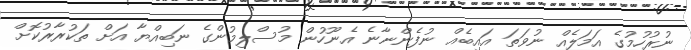
ނުރުހުމުގެ އަމަލެއް ނުވަތަ އައިބެއް ނުފެންނާނެ އެނޫހުން މުސްލިމުންގެ ނަބިއްޔާ އަށް ތަކުރާރުކޮށް